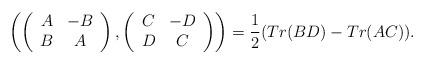
LaTeX: \begin{align*}\left(\left(\begin{array}{cc}A & -B \\B & A\end{array}\right),\left(\begin{array}{cc}C & -D \\D & C\end{array}\right)\right)=\displaystyle\frac{1}{2}(Tr(BD)-Tr(AC)).\end{align*}